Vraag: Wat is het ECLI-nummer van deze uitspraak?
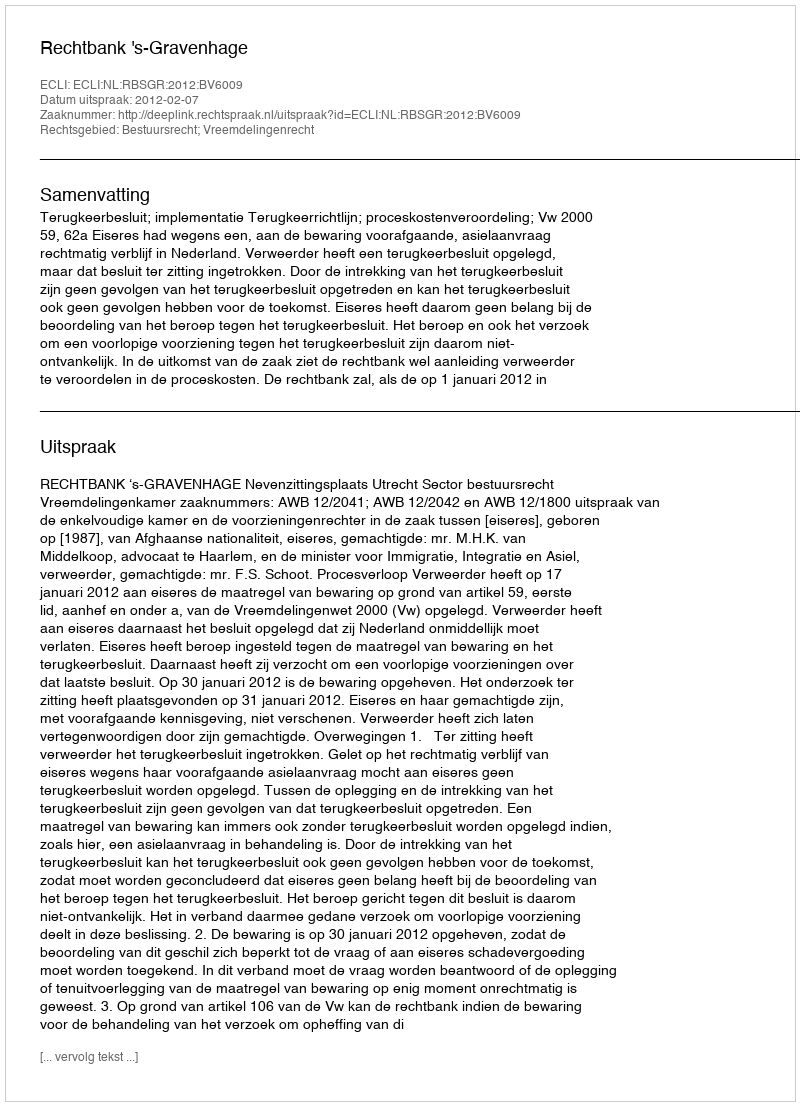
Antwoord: ECLI:NL:RBSGR:2012:BV6009